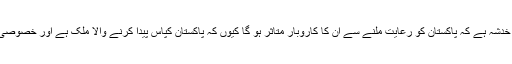
بنگلہ دیش میں ٹیکسٹائل کی صنعت سے منسلک افراد کو خدشہ ہے کہ پاکستان کو رعایت ملنے سے اُن کا کاروبار متاثر ہو گا کیوں کہ پاکستان کپاس پیدا کرنے والا ملک ہے اور خصوصی رعایت سے منڈیوں میں مسابقت کا توازن بگڑ جائے گا۔